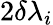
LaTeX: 2\delta\lambda_{i}